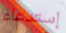
إستدعاء